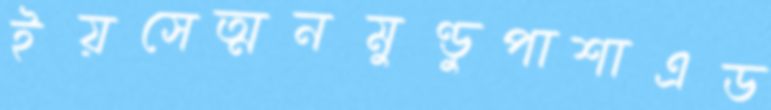
ইয়সেত্মনমুণ্ডুপাশাএড